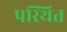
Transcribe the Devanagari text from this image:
पस्थित